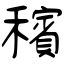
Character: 穦